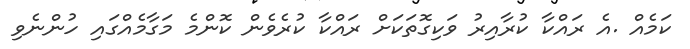
ކަމެއް .އެ ރައްކާ ކުރާއިރު ވަކިގޮތަކަށް ރައްކާ ކުރެވެން ކޮންމެ މަގާމެއްގައި ހުންނެވި